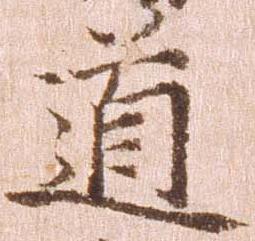
道